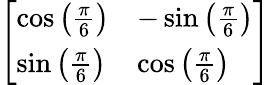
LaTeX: \left[\begin{array}{ll}{\cos\left({\frac{\pi}{6}}\right)}&{-\sin\left({\frac{\pi}{6}}\right)}\\ {\sin\left({\frac{\pi}{6}}\right)}&{\cos\left({\frac{\pi}{6}}\right)}\end{array}\right]